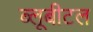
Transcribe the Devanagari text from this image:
ब्‍लूबीटल